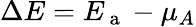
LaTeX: \Delta E=E_{\mathrm{~a~}}-\mu_{A}